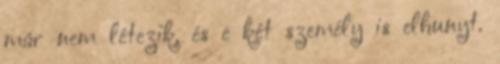
már nem létezik, és e két személy is elhunyt.